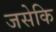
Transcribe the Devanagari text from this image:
जसेकि